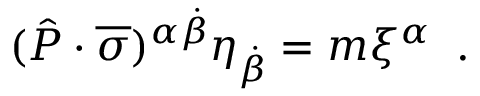
( \hat { P } \cdot \overline { { \sigma } } ) ^ { \alpha \dot { \beta } } \eta _ { \dot { \beta } } = m \xi ^ { \alpha } \; \; .